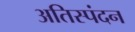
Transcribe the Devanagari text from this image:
अतिस्पंदन